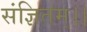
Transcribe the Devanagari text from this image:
संज्ञितम्।।